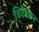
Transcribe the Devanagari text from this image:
डिटेन्शन